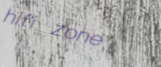
hifi zone